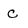
Character: c